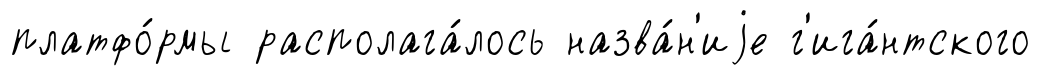
платфо́рмы располага́лось назва́н'иjе г'ига́нтского